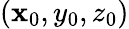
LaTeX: (\mathbf{x}_{0},y_{0},z_{0})